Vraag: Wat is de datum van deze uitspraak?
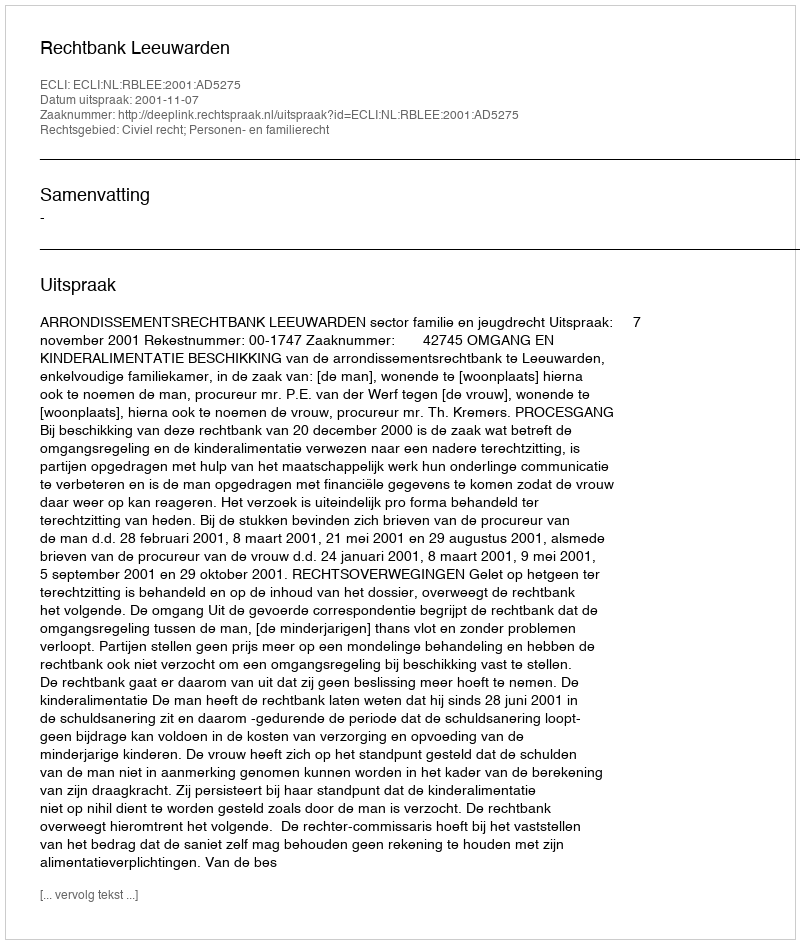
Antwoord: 2001-11-07